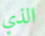
الذي